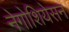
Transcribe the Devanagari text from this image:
नेगोशियेसन